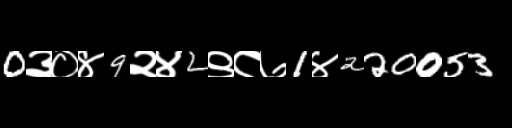
Text: 0३०४9२४2९८७1४220053